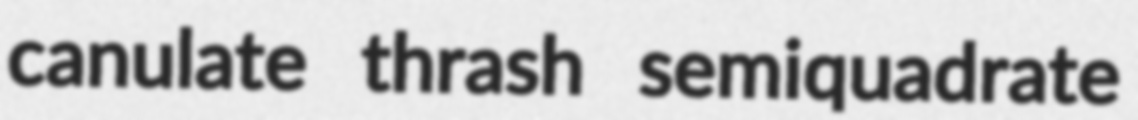
canulate thrash semiquadrate